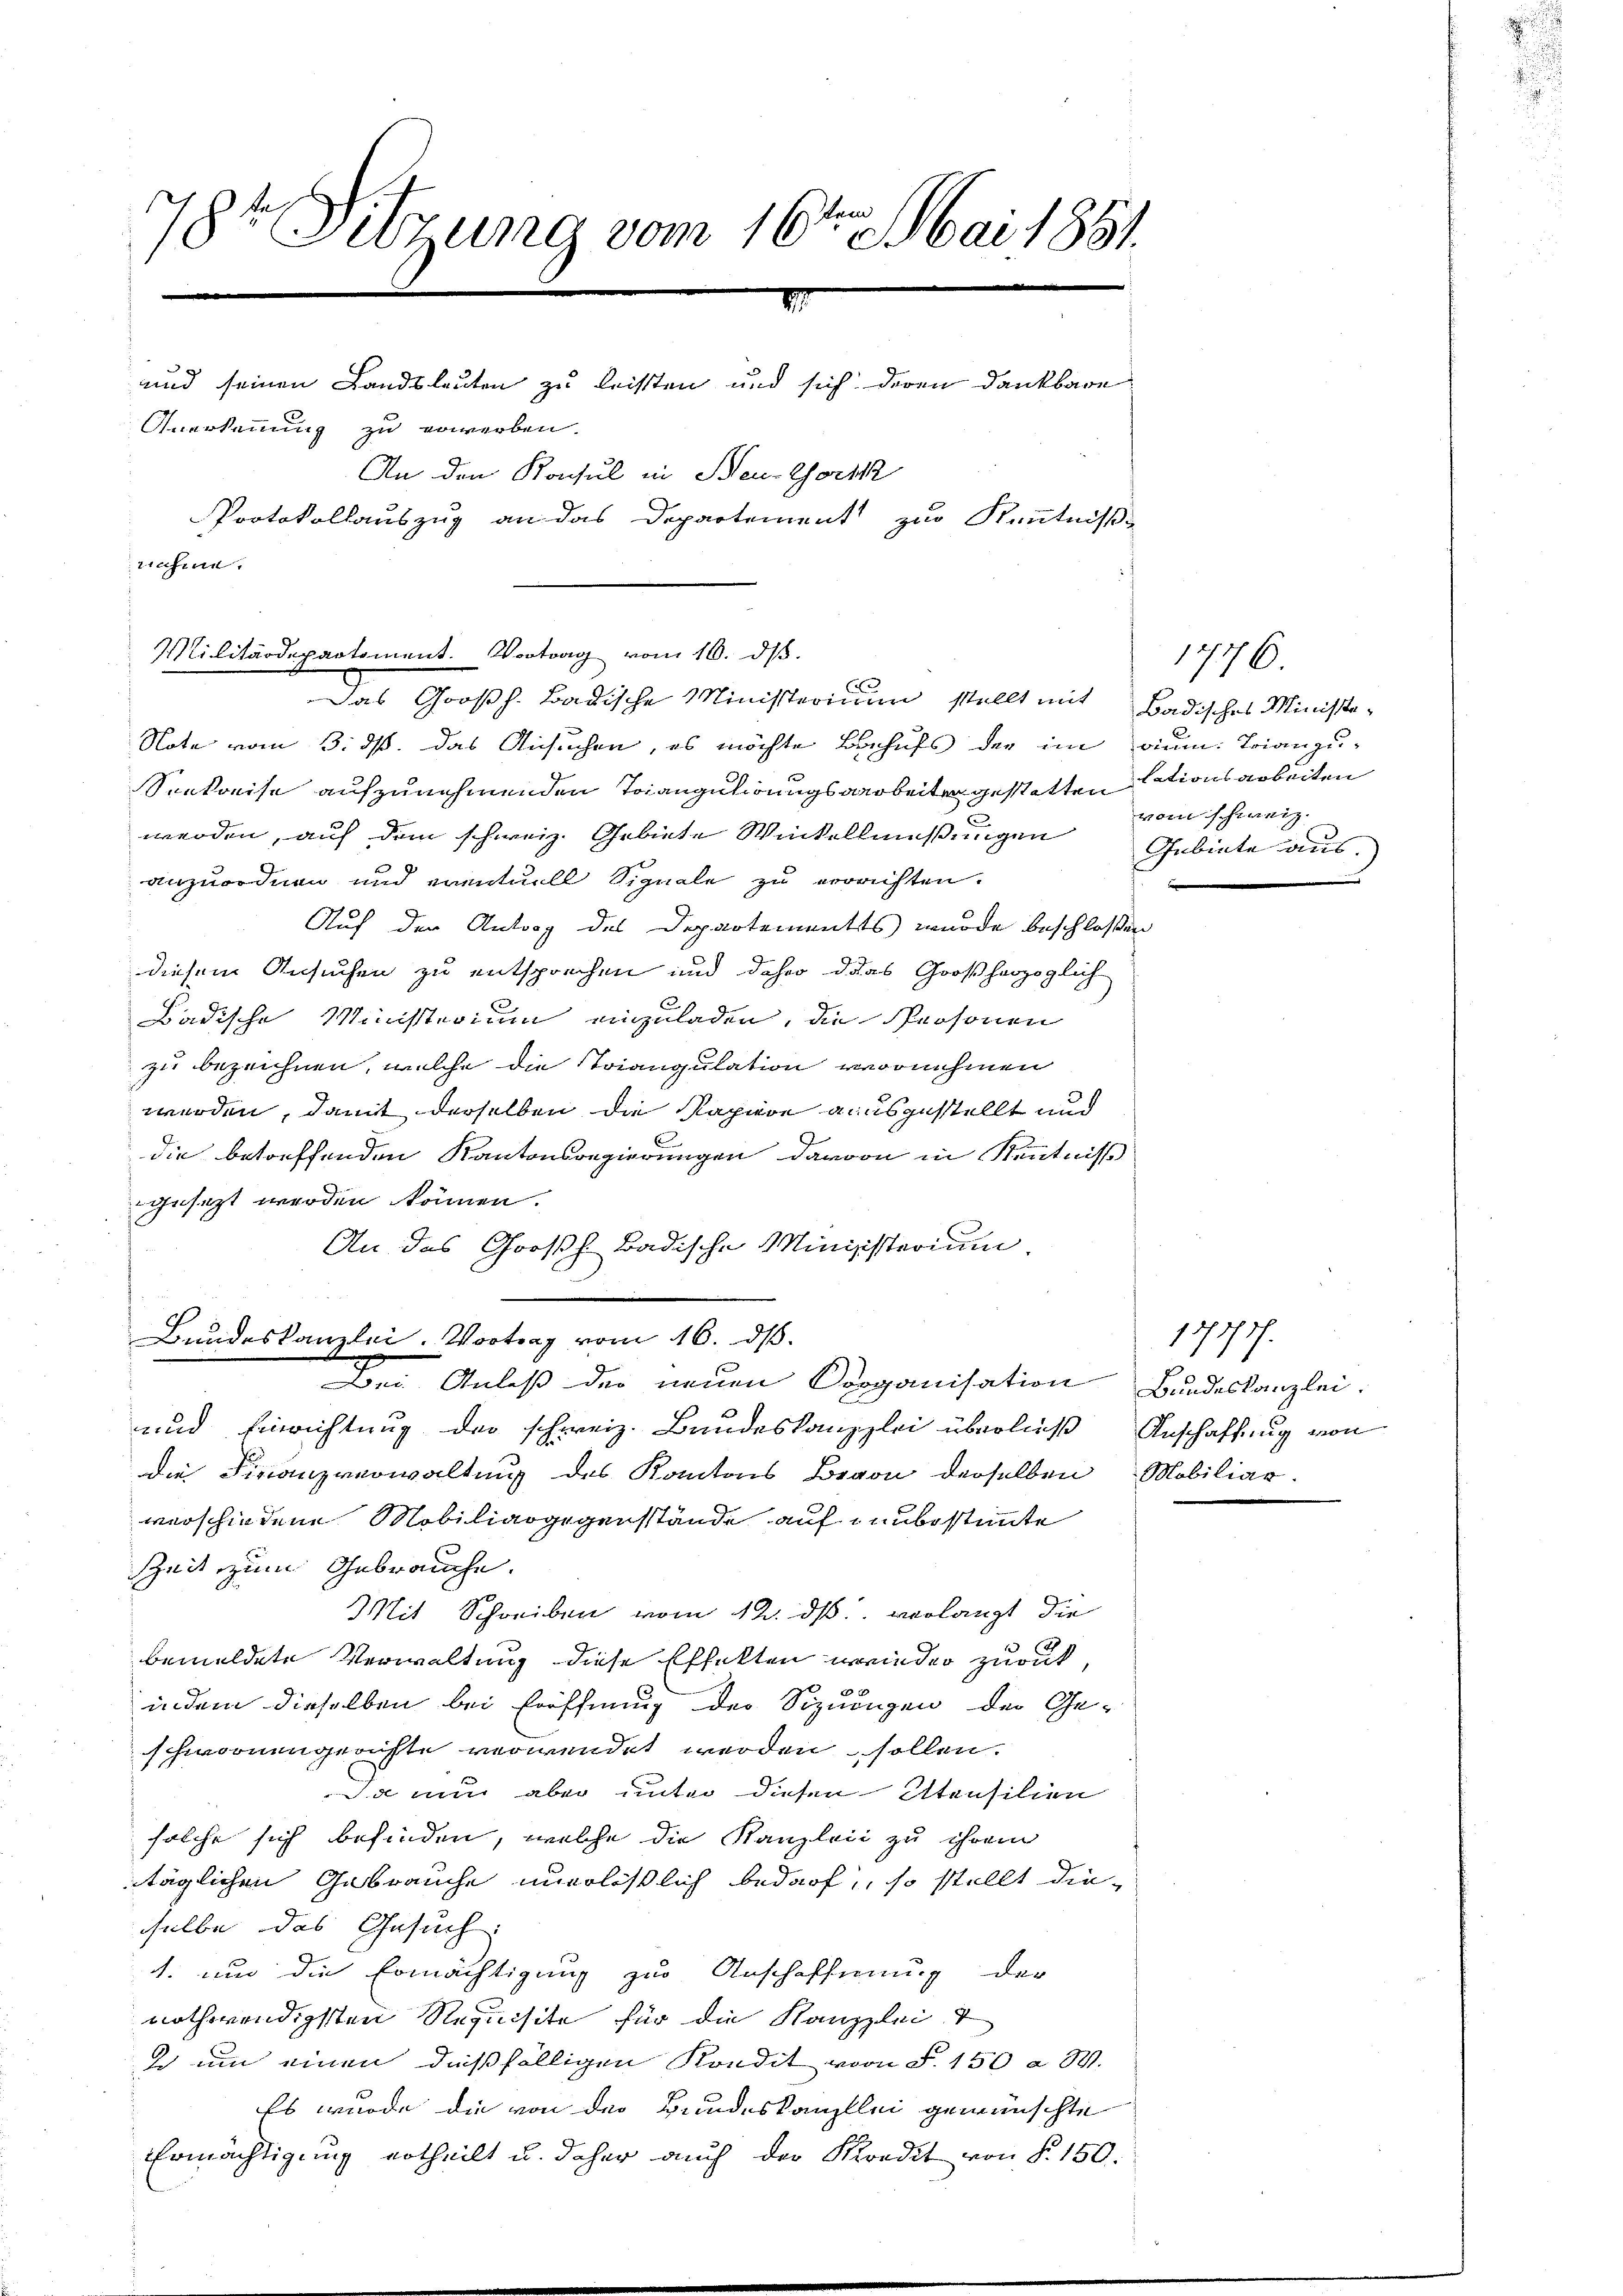
784 Sitzung vom 16ten Mai 1851.
.
.
und seinen Landsleuten zu leisten und sich deren Dankbare
Anerkennung zu erwerben.
An den Konsul in Neu-Gorik
Protokollauszug an das Departement zur Kenntniß
nahme.

Militärdepartement. Vortrag vom 16. dβ.
Das Großh. Badische Ministerium stellt mit Badisches Ministra¬

Note vom 3. ds. das Ansuchen, es möchte Behufs der im aum. Trianzu¬
Seekreise aufzunehmenden Triangulirungsarbeiter gestatten dationsarbeiten
werden, auf dem schweiz. Gebiete Winkellmeßungen Gebiete aus.
anzuordnen und eventuell Signale zu errachten.
Auf den Antrag des Departementes wurde beschloßen
diesem Ansuchen zu entsprechen und daher das Großherzoglich
Badische Ministerium einzuladen, die Personen
zu bezeichnen, welche die Toiangulation vornehmen
werden, damit derselben die Kapiere ausgestellt und
die betreffenden Kantonsregierungen darvon in Kenntniss
gesezt werden können.
An das Großh. Badische Minisisterium,
Bei Anlaß der neuen Corganisation Bundeskanzlei
und Einrichtung der schweiz. Bundeskanzlei überließ Anschaffung von
Die Finanzverwaltung des Kantons Bevon derselben Mobiliar.
verschiedene Mobiliargegenstände auf unbestimmte
Zeit zum Gebrauche.
Mit Schreiben vom 12. ds. verlangt die
bemeldete Verwaltung diese Effekten wieder zuruk,
indem dieselben bei Eröffnung der Sizuungen der Ge-
schwornengerichte verwendet werden sollen.
Da nun aber unter diesen Atensilien
solche sich befinden, welche die Kanzleii zu ihrem
täglichen Gebrauche unerlässlich bedarf, so stellt die-
selbe das Gesuch
1. und die Ermächtigung zur Anschaffnung der
nothwendigsten Requisite für die Kanzlei
2 um einen dießfälligen Kondit von S. 150 a M.
Es wurde die von der Bundeskanzlei gewünschte
Ermächtigung ertheilt u. daher auch der Mordit von § 150.

Bundeskanzlei. Vortrag vom 16. ds.

1776.
vom schweiz.

1877/7.